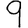
Digit: 9